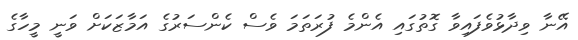
އޭނާ ވިދާޅުވެފައިވާ ގޮތުގައި އެންމެ ފުރަތަމަ ވެސް ކެންސަރުގެ އަމާޒަކަށް ވަނީ މީހާގެ